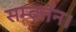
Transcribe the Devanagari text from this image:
सम्वर्तन।